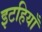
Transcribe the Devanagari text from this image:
इटहियाँ